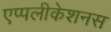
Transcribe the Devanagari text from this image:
एप्पलीकेशनस